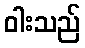
ဝါးသည်